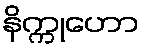
နိက္ကုဟော